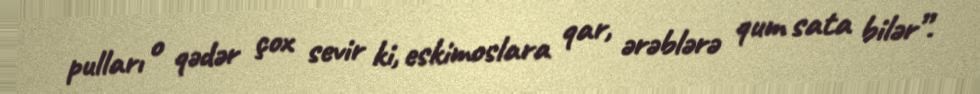
pulları o qədər çox sevir ki, eskimoslara qar, ərəblərə qum sata bilər”.